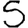
Digit: 5